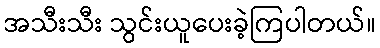
အသီးသီး သွင်းယူပေးခဲ့ကြပါတယ်။